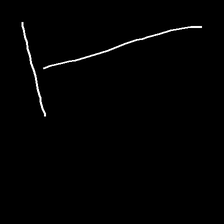
Glyph: column